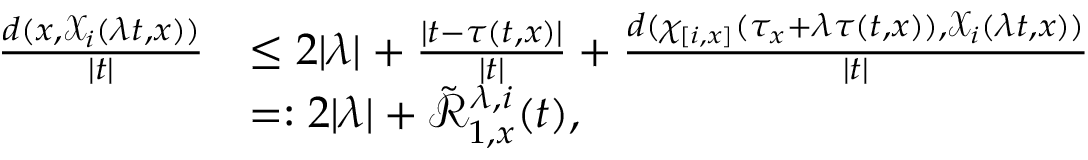
\begin{array} { r l } { \frac { d ( x , \mathcal { X } _ { i } ( \lambda t , x ) ) } { | t | } } & { \leq 2 | \lambda | + \frac { \lvert t - \tau ( t , x ) \rvert } { | t | } + \frac { d ( \chi _ { [ i , x ] } ( \tau _ { x } + \lambda \tau ( t , x ) ) , \mathcal { X } _ { i } ( \lambda t , x ) ) } { | t | } } \\ & { = : 2 | \lambda | + \tilde { \mathcal { R } } _ { 1 , x } ^ { \lambda , i } ( t ) , } \end{array}